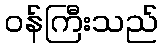
ဝန်ကြီးသည်